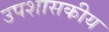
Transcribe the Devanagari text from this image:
उपशासकीय